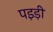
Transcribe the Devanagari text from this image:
पइड़ी